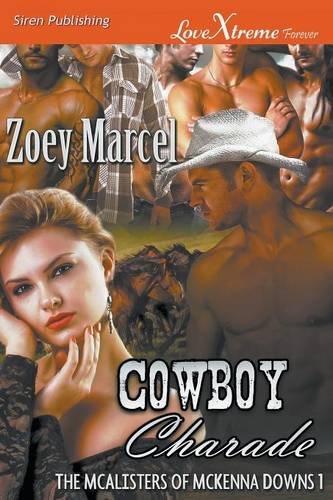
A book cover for Cowboy Charade [The McAlisters of McKenna Downs 1] (Siren Publishing LoveXtreme Forever); Zoey Marcel; Romance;